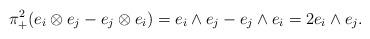
LaTeX: \begin{align*}\pi_{+}^{2}(e_{i} \otimes e_{j} - e_{j} \otimes e_{i})= e_{i} \wedge e_{j} - e_{j} \wedge e_{i}= 2 e_{i} \wedge e_{j}.\end{align*}